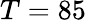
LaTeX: T=85